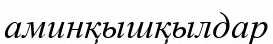
аминқышқылдар